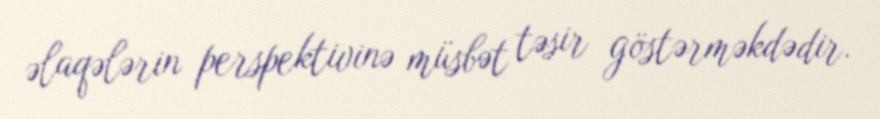
əlaqələrin perspektivinə müsbət təsir göstərməkdədir.